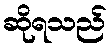
ဆိုရသည်